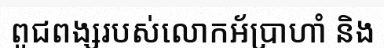
ពូជពង្សរបស់លោកអ័ប្រាហាំ និង